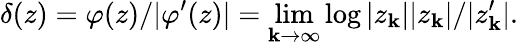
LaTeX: \delta(z)=\varphi(z)/|\varphi^{\prime}(z)|=\operatorname*{lim}_{\mathbf{k}\to\infty}\log|z_{\mathbf{k}}||z_{\mathbf{k}}|/|z_{\mathbf{k}}^{\prime}|.